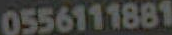
0556111881